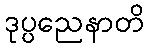
ဒုပ္ပညေနာတိ